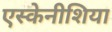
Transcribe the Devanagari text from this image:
एस्केनीशिया